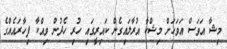
މިޝާ އަވަސް އަވަހަށް މިޝްކާ އުރާލައިގެން ކައިރީގައި ހުރި ހެދުން ވިއްކާ ފިހާރައެއްގެ